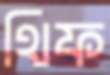
থিফ